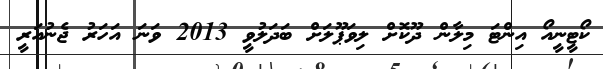
ކޯޓީނީއޯ އިންޓަ މިލާން ދޫކޮށް ލިވަޕޫލަށް ބަދަލުވީ 2013 ވަނަ އަހަރު ޖެނުއަރީ